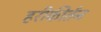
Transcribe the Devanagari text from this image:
हरीकीर्तन